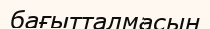
бағытталмасын